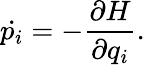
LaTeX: \dot{p_{i}}=-\frac{\partial H}{\partial q_{i}}.